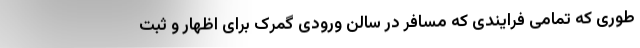
طوری که تمامی فرایندی که مسافر در سالن ورودی گمرک برای اظهار و ثبت